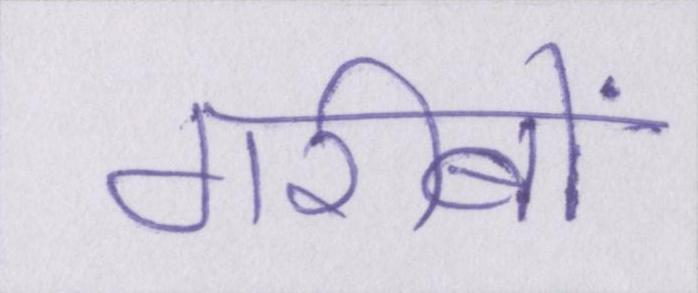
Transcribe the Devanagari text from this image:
गरीबों